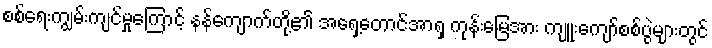
စစ်ရေးကျွမ်းကျင်မှုကြောင့် နန်ကျောက်တို့၏ အရှေ့တောင်အာရှ ကုန်းမြေအား ကျူးကျော်စစ်ပွဲများတွင်